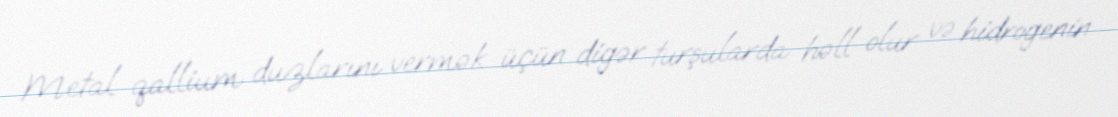
Metal qallium duzlarını vermək üçün digər turşularda həll olur və hidrogenin